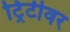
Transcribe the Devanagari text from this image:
ट्रिटीवर